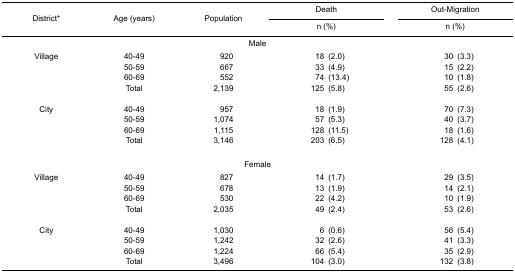
| <ROWSPAN=3> District* | <ROWSPAN=3> Age (years) | <ROWSPAN=3> Population | Death | Out-Migration |
 | n (%) | n (%) |
 | --- | --- | --- | --- | --- |
 | <COLSPAN=5> Male |
 | Village | 40-49 | 920 | 18 (2.0) | 30 (3.3) |
 |  | 50-59 | 667 | 33 (4.9) | 15 (2.2) |
 |  | 60-69 | 552 | 74 (13.4) | 10 (1.8) |
 |  | Total | 2,139 | 125 (5.8) | 55 (2.6) |
 | <COLSPAN=5>  |
 | City | 40-49 | 957 | 18 (1.9) | 70 (7.3) |
 |  | 50-59 | 1,074 | 57 (5.3) | 40 (3.7) |
 |  | 60-69 | 1,115 | 128 (11.5) | 18 (1.6) |
 |  | Total | 3,146 | 203 (6.5) | 128 (4.1) |
 | <COLSPAN=5>  |
 | <COLSPAN=5> Female |
 | Village | 40-49 | 827 | 14 (1.7) | 29 (3.5) |
 |  | 50-59 | 678 | 13 (1.9) | 14 (2.1) |
 |  | 60-69 | 530 | 22 (4.2) | 10 (1.9) |
 |  | Total | 2,035 | 49 (2.4) | 53 (2.6) |
 | <COLSPAN=5>  |
 | City | 40-49 | 1,030 | 6 (0.6) | 56 (5.4) |
 |  | 50-59 | 1,242 | 32 (2.6) | 41 (3.3) |
 |  | 60-69 | 1,224 | 66 (5.4) | 35 (2.9) |
 |  | Total | 3,496 | 104 (3.0) | 132 (3.8) |